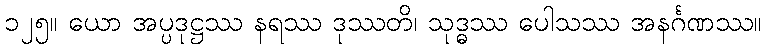
၁၂၅။ ယော အပ္ပဒုဋ္ဌဿ နရဿ ဒုဿတိ၊ သုဒ္ဓဿ ပေါသဿ အနင်္ဂဏဿ။